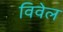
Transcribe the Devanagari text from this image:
विवेल